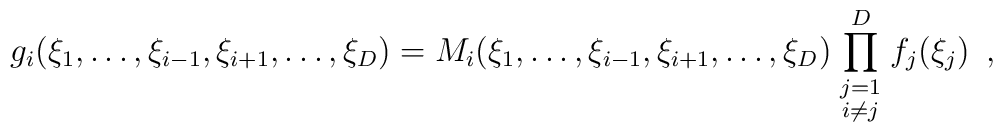
g_i(\xi_1,\dots,\xi_{i-1},\xi_{i+1},\dots,\xi_D)  =M_i(\xi_1,\dots,\xi_{i-1},\xi_{i+1},\dots,\xi_D)  \prod_{\scriptstyle j=1 \atop\scriptstyle i\not=j}^D  f_j(\xi_j)\enspace,